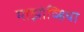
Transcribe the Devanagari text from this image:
माझोव्हिया